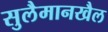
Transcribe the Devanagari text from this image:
सुलैमानखैल